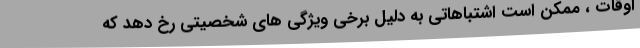
اوقات ، ممکن است اشتباهاتی به دلیل برخی ویژگی های شخصیتی رخ دهد که